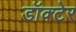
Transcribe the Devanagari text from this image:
डॉक्टेर